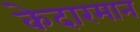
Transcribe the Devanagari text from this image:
केदारमान